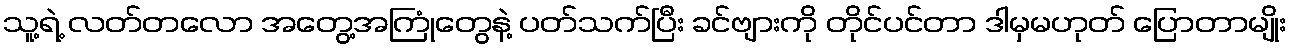
သူ့ရဲ့ လတ်တလော အတွေ့အကြုံတွေနဲ့ ပတ်သက်ပြီး ခင်ဗျားကို တိုင်ပင်တာ ဒါမှမဟုတ် ပြောတာမျိုး